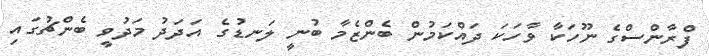
ފްރާންސްގެ ނޫހަކާ ވާހަކަ ދައްކަމުން ބެންޒެމާ ބުނީ ލަނޑުގެ އަދަދު މަދުވީ ބެންޗުގައި